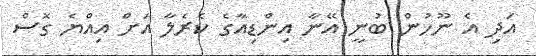
އަދި އެ ނޫހުން ބުނީ އޭނާ އިންޑިއާގެ ކެރެލާ އަށް އިއްޔެ ގޮސް